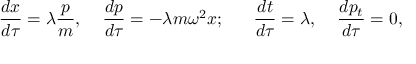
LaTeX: { \frac { d x } { d \tau } } = \lambda { \frac { p } { m } } , \; \; \; \; { \frac { d p } { d \tau } } = - \lambda m \omega ^ { 2 } x ; \; \; \; \; \; \; { \frac { d t } { d \tau } } = \lambda , \; \; \; \; { \frac { d p _ { t } } { d \tau } } = 0 ,